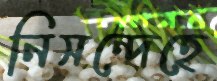
নিসন্দেহে